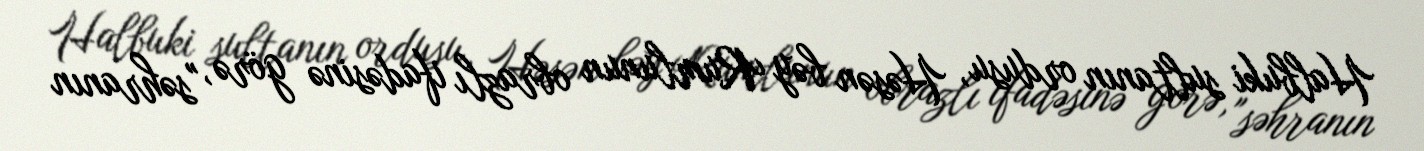
Halbuki sultanın ordusu, Həsən bəy Rumlunun obrazlı ifadəsinə görə, "səhranın